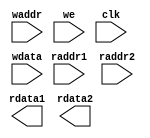
`timescale 1ns / 1ps

module RegFile(
    input wire [3:0] raddr1,
    input wire [3:0] raddr2,
    input wire [3:0] waddr,
    input wire we,
    input wire clk,
    input wire [7:0] wdata,
    output reg [7:0] rdata1,
    output reg [7:0] rdata2
);
    
    // write your code here

endmodule